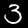
Digit: 3